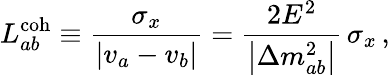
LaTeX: L_{ab}^{\mathrm{coh}}\equiv\frac{\sigma_{x}}{\left|v_{a}-v_{b}\right|}=\frac{2E^{2}}{\left|\Delta{m}_{ab}^{2}\right|}\, \sigma_{x}\, ,